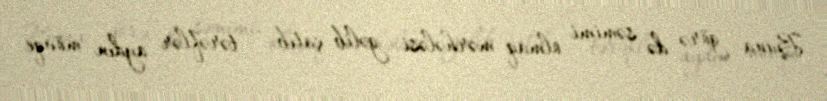
Buna görə də səmimi olmaq mərhələsi gəlib çatıb - tərəflər aydın mövqe